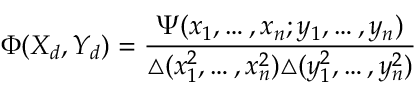
\Phi ( X _ { d } , Y _ { d } ) = \frac { \Psi ( x _ { 1 } , \ldots , x _ { n } ; y _ { 1 } , \ldots , y _ { n } ) } { \triangle ( x _ { 1 } ^ { 2 } , \ldots , x _ { n } ^ { 2 } ) \triangle ( y _ { 1 } ^ { 2 } , \ldots , y _ { n } ^ { 2 } ) }